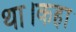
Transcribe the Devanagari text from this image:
था।कहा